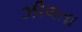
ઝીલતા